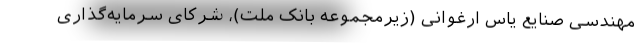
مهندسی صنایع یاس ارغوانی (زیرمجموعه بانک ملت)، شرکای سرمایه‌گذاری